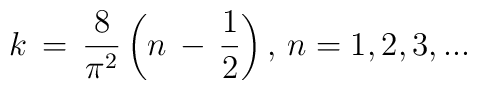
k\,=\,\frac{8}{\pi ^{2}}\left( n\,-\,\frac{1}{2}\right) ,\,n=1,2,3,...